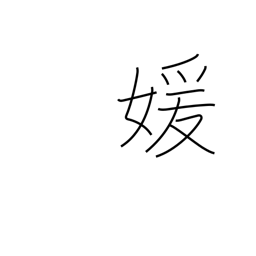
Meaning: beautiful woman